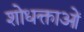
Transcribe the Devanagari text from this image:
शोधक्ताओं